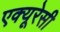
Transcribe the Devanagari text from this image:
एक्यूरेसी